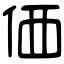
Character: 価